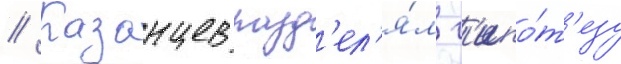
// Казанцев разд'ел'я́л г'ипо́т'езу